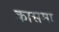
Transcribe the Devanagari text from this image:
कासमा